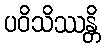
ပဝိသိဿန္တိ